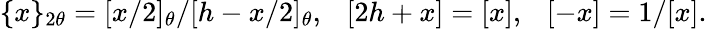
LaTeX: \{ x\} _{2\theta}=[x/2]_{\theta}/[h-x/2]_{\theta},~~~[2h+x]=[x],~~~[-x]=1/[x].